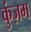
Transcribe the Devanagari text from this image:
कुंज़म